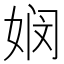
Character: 𮱆